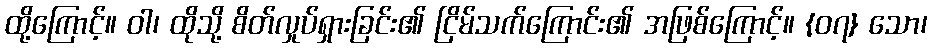
ထို့ကြောင့်။ ဝါ၊ ထိုသို့ စိတ်လှုပ်ရှားခြင်း၏ ငြိမ်သက်ကြောင်း၏ အဖြစ်ကြောင့်။ {၀၇} သော၊